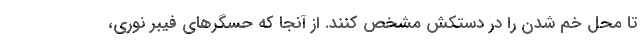
تا محل خم شدن را در دستکش مشخص کنند. از آنجا که حسگر‌های فیبر نوری،